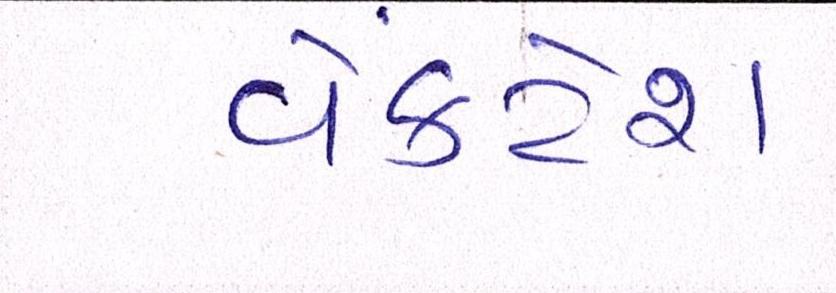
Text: વેંકટેશ